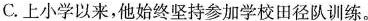
C.上小学以来，他始终坚持参加学校田径队训练。